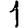
Digit: 1